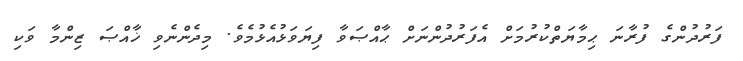
ފަރުދުންގެ ފުރާނަ ޙިމާޔަތްކުރުމަށް އެފަރުދުންނަށް ޙާއްޞަވާ ފިޔަވަޅުއެޅުމެވެ. މިދެންނެވި ޚާއްޞަ ޒިންމާ ވަކި